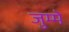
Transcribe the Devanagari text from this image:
जुम्मे